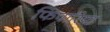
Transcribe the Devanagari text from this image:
फिपारिया